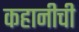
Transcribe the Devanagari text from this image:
कहानीची